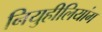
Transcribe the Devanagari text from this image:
नियुहीलियांग